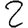
Digit: 2